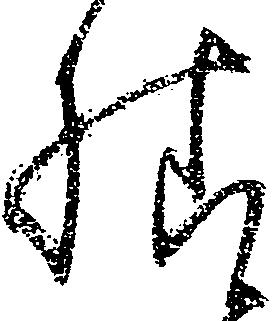
様